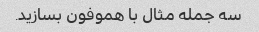
سه جمله مثال با هموفون بسازید.